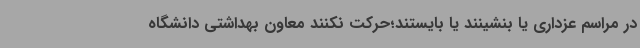
در مراسم عزداری یا بنشینند یا بایستند؛حرکت نکنند معاون بهداشتی دانشگاه